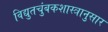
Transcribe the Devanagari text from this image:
विद्युतचुंबकशास्त्रानुसार